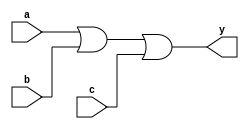
module or_gate(a,b,c,y);
input a,b,c;
output y;

assign y= a|b|c;

endmodule